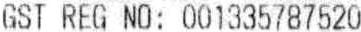
GST REG NO: 001335787520